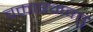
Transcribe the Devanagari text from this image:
वक्तारमवतु